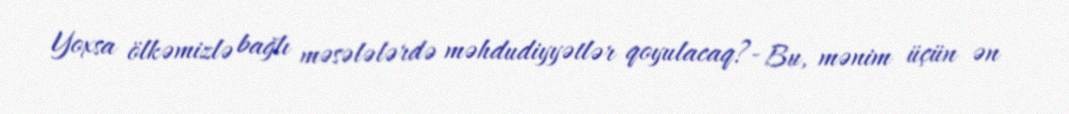
Yoxsa ölkəmizlə bağlı məsələlərdə məhdudiyyətlər qoyulacaq?- Bu, mənim üçün ən